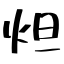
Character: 炟